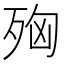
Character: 𭮌